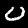
Label: 0